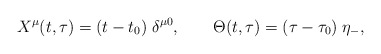
\begin{align*}X^\mu(t,\tau)=(t-t_0)\;\delta^{\mu0},\quad\quad\Theta(t,\tau)=(\tau-\tau_0)\;\eta_-,\end{align*}